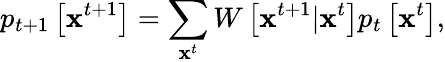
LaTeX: p_{t+1}\left[{\mathbf x}^{t+1}\right]=\sum_{{\mathbf x}^{t}}W\left[{\mathbf x}^{t+1}|{\mathbf x}^{t}\right]p_{t}\left[{\mathbf x}^{t}\right],